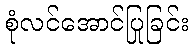
စုံလင်အောင်ပြုခြင်း